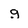
Character: g